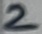
Text: 2